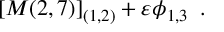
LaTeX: [ { \cal M } ( 2 , 7 ) ] _ { ( 1 , 2 ) } + \varepsilon \phi _ { 1 , 3 } \, \, \, .